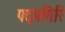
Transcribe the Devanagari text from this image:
पद्मगिरि